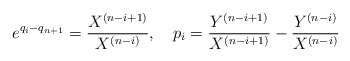
\begin{align*}e^{q_i-q_{n+1}} ={X^{(n-i+1)}\over X^{(n-i)}},\quad p_i = {Y^{(n-i+1)}\over X^{(n-i+1)}}-{Y^{(n-i)}\over X^{(n-i)}}\end{align*}